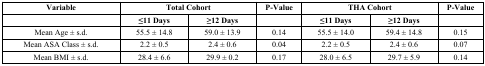
| Variable | <COLSPAN=2> Total Cohort | P-Value | <COLSPAN=2> THA Cohort | P-Value |
 |  | ≤11 Days | ≥12 Days |  | ≤11 Days | ≥12 Days |  |
 | --- | --- | --- | --- | --- | --- | --- |
 | Mean Age ± s.d. | 55.5 ± 14.8 | 59.0 ± 13.9 | 0.14 | 55.5 ± 14.0 | 59.4 ± 14.8 | 0.15 |
 | Mean ASA Class ± s.d. | 2.2 ± 0.5 | 2.4 ± 0.6 | 0.04 | 2.2 ± 0.5 | 2.4 ± 0.6 | 0.07 |
 | Mean BMI ± s.d. | 28.4 ± 6.6 | 29.9 ± 0.2 | 0.17 | 28.0 ± 6.5 | 29.7 ± 5.9 | 0.14 |